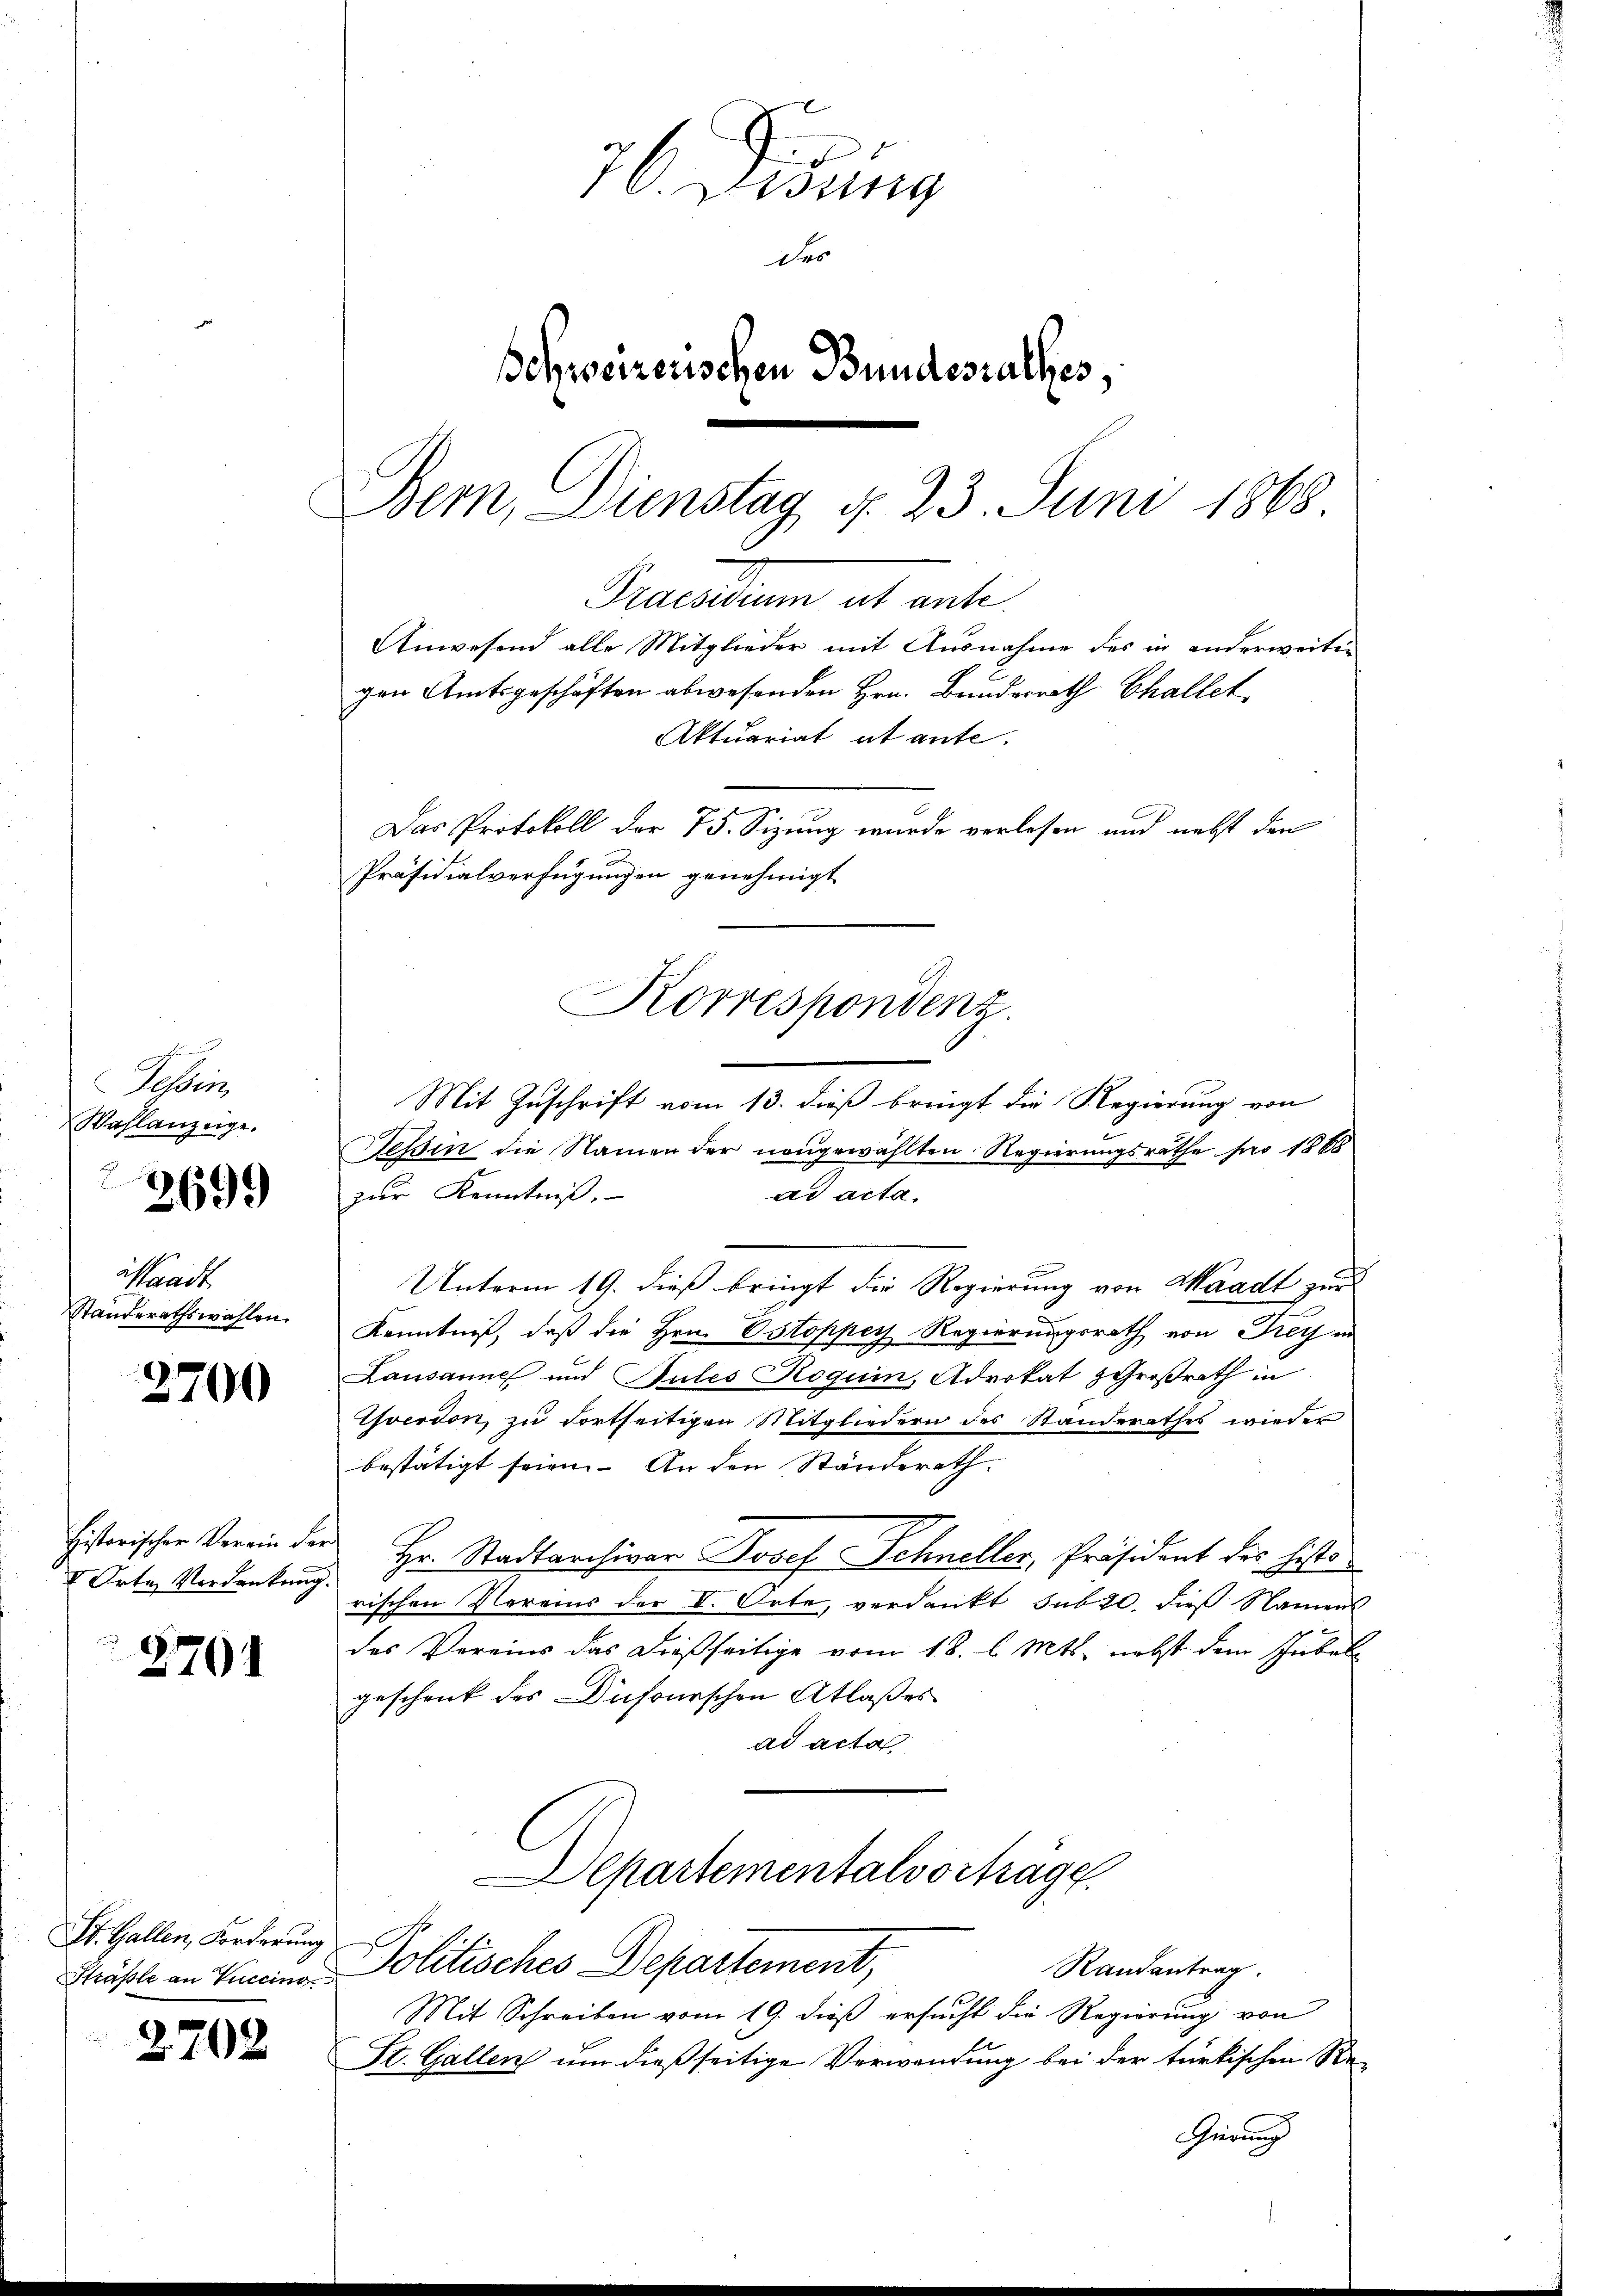
Tessin,
Wahlanzeige.
.
3699

2700

Historischer Verein der
 Orte Verdankung

2701

2702

Waadt
Standerathswahlen.

St. Gallen, Forderung
Straße an Tuccino

7. Lesung
Des
Schweizerischen Bundesrathes,
Bern, Dienstag, d. 23. Juni 1868.

Das Protokoll der 75. Sizung wurde verlesen und nebst den
Präsidialverfügungen genehmigt
Korrespondenz.

Mit Zuschrift vom 13. dieß bringt die Regierung von
Tessin die Namen der nangewählten Regierungsrathe pro 1888
ad acta.
zur Kenntniß.
Unterm 19. dieß bringt die Regierung von Waadt zur
Kenntniß, daß die Hrn. Ostoppey Regierungsrath von Frey in
Lausanne und Pules Roguin, Advokat Großrath in
Yverdon, zu fortseitigen Mitgliedern des Standerathes wieder
bestätigt seien. An den Ständerath.
Hr. Stadtarchivar Josef Schneller, Präsident des histo
rischen Vereins der V. Orte, verdankt sub 20. dieß Namens
das Vereins das dießseitige vom 18. l. Mts. nebst dem Jubel-
geschenk des Dufourschen Atlaßes
ad acta
Departementalvorträge
Politisches Departement,
Randantrag.
Mit Schreiben vom 19. dieß ersucht die Regierung von
St. Gallen um dießseitige Verwendung bei der türkischen Re-
Gierung

Praesidium ut ante.

Anwesend alle Mitglieder mit Ausnahme des in anderweiten
gen Amtsgeschäften abwesenden Hrn. Bunderrath Challet
Aktuariat et ante.